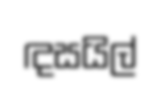
ඳසයිල්